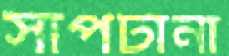
সাপটানা